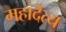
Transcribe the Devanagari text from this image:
महादैत्य